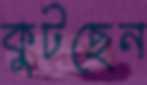
কুটছেন